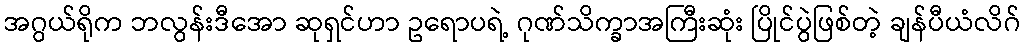
အဂွယ်ရိုက ဘလွန်းဒီအော ဆုရှင်ဟာ ဥရောပရဲ့ ဂုဏ်သိက္ခာအကြီးဆုံး ပြိုင်ပွဲဖြစ်တဲ့ ချန်ပီယံလိဂ်